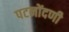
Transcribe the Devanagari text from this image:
पटनोंदणी